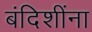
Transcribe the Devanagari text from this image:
बंदिशींना